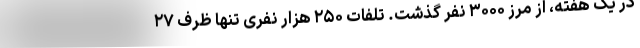
در یک هفته، از مرز ۳۰۰۰ نفر گذشت. تلفات ۲۵۰ هزار نفری تنها ظرف ۲۷